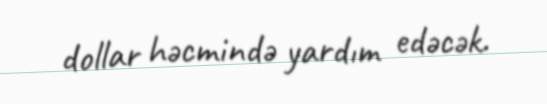
dollar həcmində yardım edəcək.